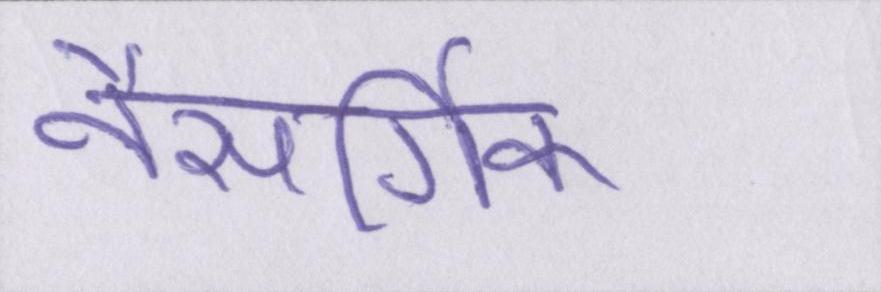
नैसर्गिक